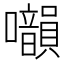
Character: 𡅙